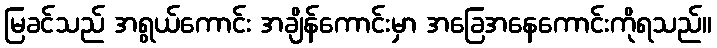
မြခင်သည် အရွယ်ကောင်း အချိန်ကောင်းမှာ အခြေအနေကောင်းကိုရသည်။